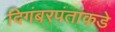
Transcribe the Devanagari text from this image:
दिगंबरपंतांकडे